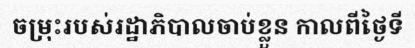
ចម្រុះរបស់រដ្ឋាភិបាលចាប់ខ្លួន កាលពីថ្ងៃទី